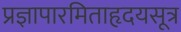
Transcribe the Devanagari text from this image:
प्रज्ञापारमिताहृदयसूत्र